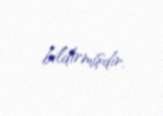
bildirmişdir.